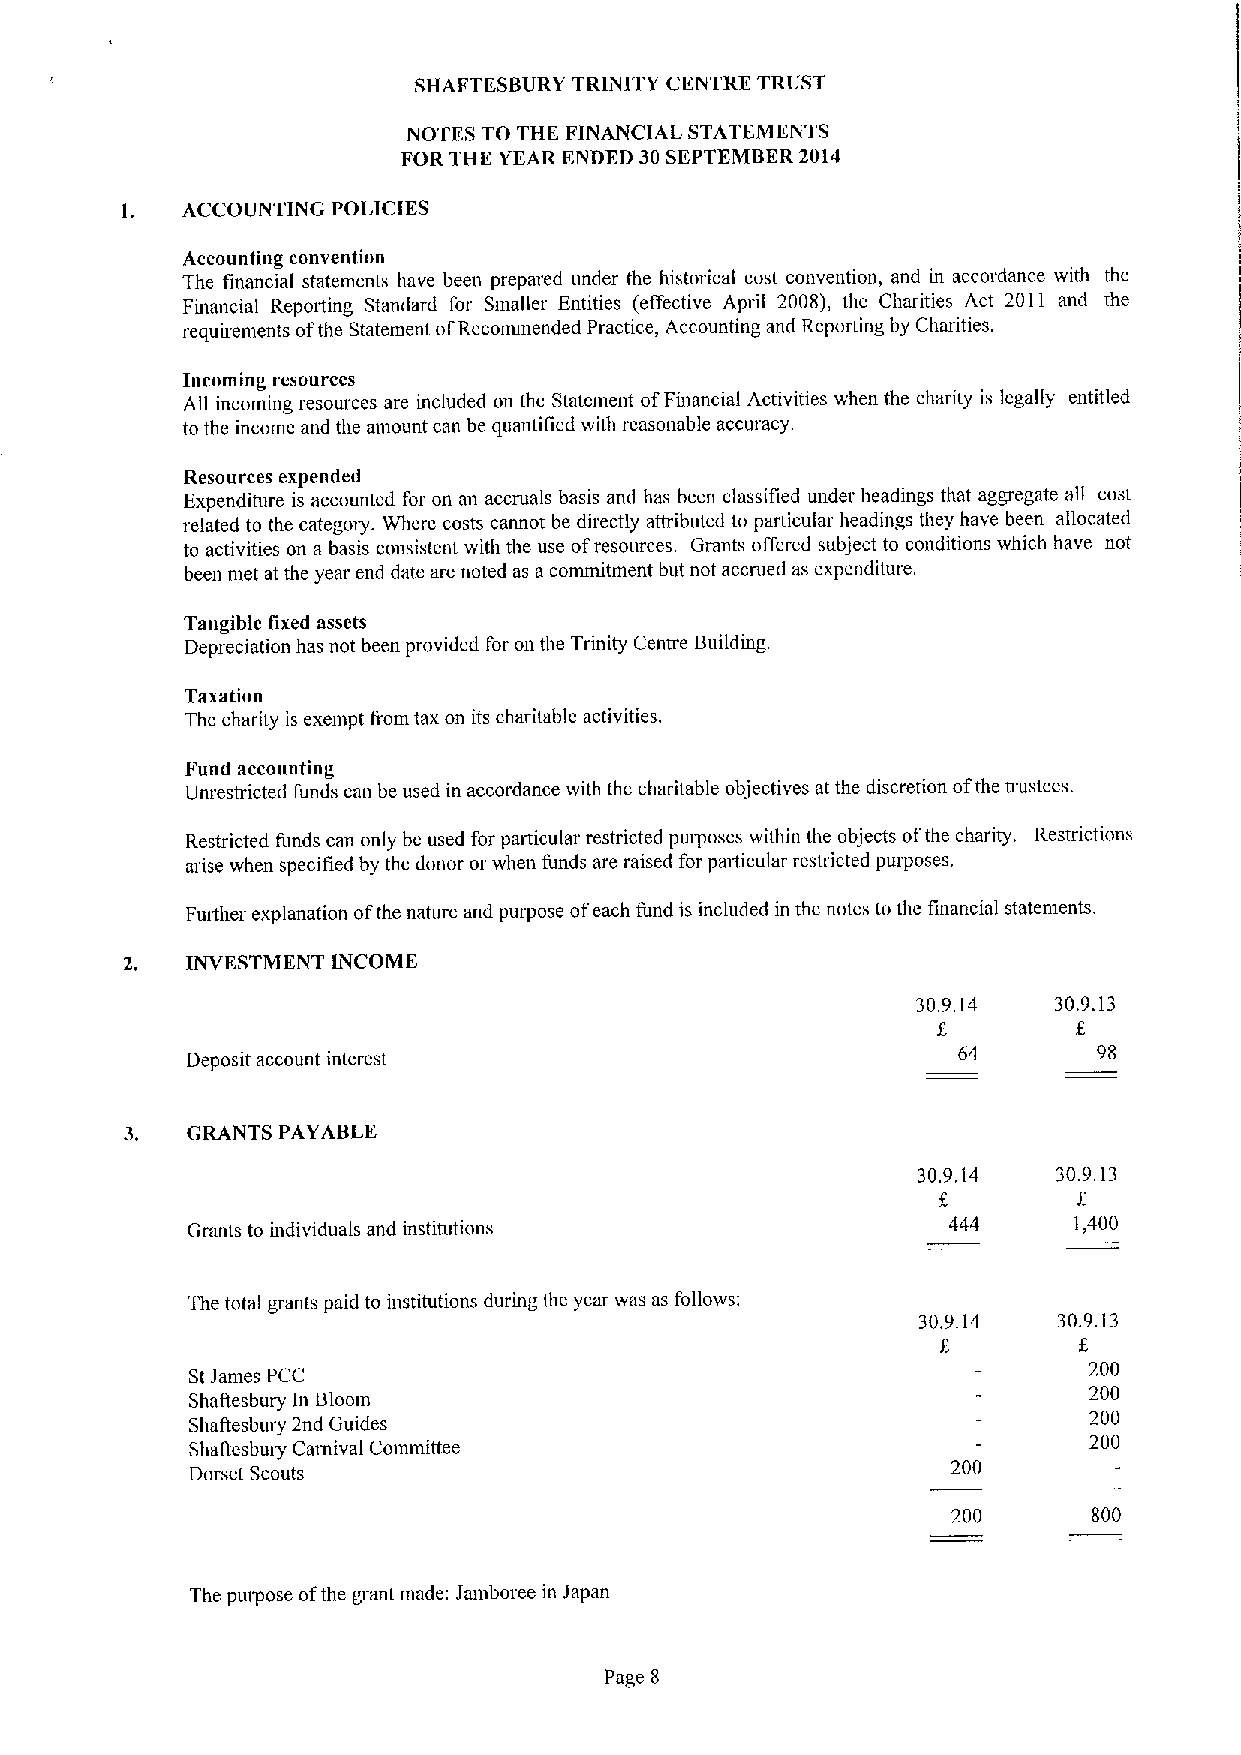
SHAFTFSBURY TRINITY CENTRE TRUST
 NOTES TO THE FINANCIAL STATEMENTS
 FOR THE YEAR ENDED 30SEPTEMBER2014
 1.  ACCOUNTING POLICIES
 Accounting convention
 The financial statements have been prepared under the historical cost convention, and in accordance with the
 Financial Reporting Standard for Smaller Entities (effective April 2008), the Charities Act 2011 and the
 requirements ofthe Statement ofRecommended Practice, Accounting and Reporting by Charities.
 Incoming resources
 All incoming resources are included on the Statement ofFuiancial Activities when the charity is legally entitled
 to the income and the amount can be quantified with reasonable accuracy.
 Resources expended
 Expenditure is accounted for on an accruals basis and has been classified under headings that aggregate all cost
 related to the categoiy. Where costs cannot be directly attributed to particular headings they have been allocated
 to activities on a basis consistent with the use ofresources. Gmnts offered subject to conditions which have not
 been met at the year end date are noted as aconmutment but not accrued as expenditure.
 Tangible fixed assets
 Depreciation has not been provided for on the Trinity Centre Building.
 Taxation
 The charity is exempt horn tax on its charitable activities.
 Fund accounting
 Unrestricted funds can be used in accordance with the charitable objectives at the discretion ofthe trustees.
 Restricted funds can only be used for particular restricted putposes within the objects ofthe charity. Restrictions
 arise when specified by the donor or when funds are raised for patJicular restricted purposes.
 Further explanation ofthe nature and purpose ofeach fund is included in the notes to the financial statements.
 2.  INVESTMENT INCOME
 30.9.14  30.9.13
 Deposit account interest                           64        98
 3.  GRANTS PAYABLE
 30.9.14  30.9.13
 Grants to individuals and institutions             444     1,400
 The total grants paid to institutions during the year was as follows:
 30.9.14  30.9.13
 200
 St James PCC
 200
 Shattesbuty ln Bloom
 200
 Shaffesbury 2nd Guides
 200
 Shaftesbury Carnival Committee
 Dorset Scouts                                     200
 200      800
 The puipose ofthe grant made: Jamboree in Japan
 Page 8